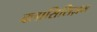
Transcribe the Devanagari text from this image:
क्लासिसिज़म